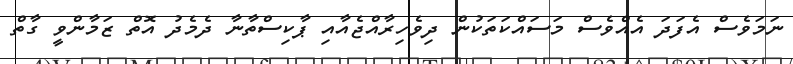
ނަމަވެސް އެފަދަ އެއްވެސް މަސައްކަތަކުން ދިވެހިރާއްޖެއާއި ޕާކިސްތާނާ ދެމެދު އޮތް ޒަމާންވީ ގާތް